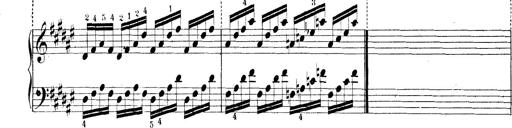
Title: Technische Studien
Composer: Franz Liszt